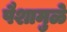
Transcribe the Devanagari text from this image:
पैशामुळे